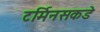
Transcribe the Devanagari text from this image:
टर्मिनसकडे